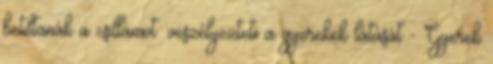
betiltanák a csillámot: veszélyezteti a gyerekek látását - Gyerek